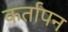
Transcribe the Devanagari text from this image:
कर्तापन